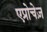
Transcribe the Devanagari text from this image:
एप्रोचेज़